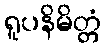
ရူပနိမိတ္တံ